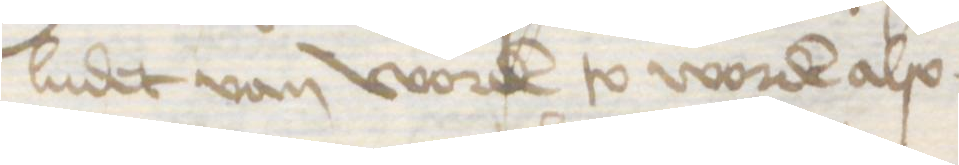
ludet van worden to worden also